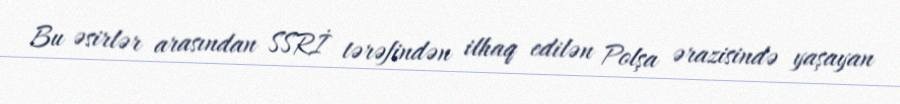
Bu əsirlər arasından SSRİ tərəfindən ilhaq edilən Polşa ərazisində yaşayan